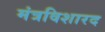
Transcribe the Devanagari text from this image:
मंत्रविशारद